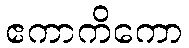
ဧကာကိကော